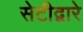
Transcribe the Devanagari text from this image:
सेटीद्वारे